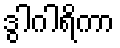
ဒွါဂါရိကာ